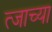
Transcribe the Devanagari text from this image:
त्जाच्या